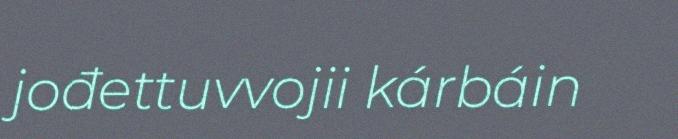
jođettuvvojii kárbáin